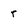
Character: r